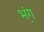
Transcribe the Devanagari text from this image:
भ़ंग